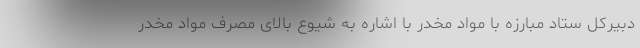
دبیرکل ستاد مبارزه با مواد مخدر با اشاره به شیوع بالای مصرف مواد مخدر